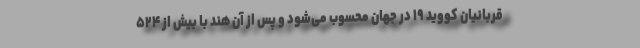
قربانیان کووید ۱۹ در جهان محسوب می‌شود و پس از آن هند با بیش از ۵۲۴